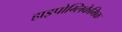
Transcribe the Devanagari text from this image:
हाइपोग्लिकेमिक